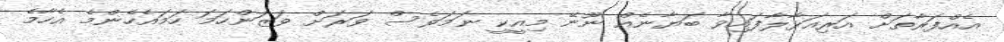
އެއްފަރާތަށް އަރިއަޅާލާފައިވާ ބަޔާނެއް ނޫނޭ މިއީކީ ނަމަވެސް ވަރަށް ވަޒަންހަމަ ހަމައެހެންމެ އެހާމެ